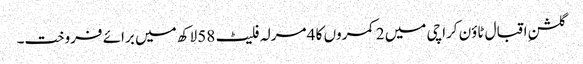
گلشنِ اقبال ٹاؤن کراچی میں 2 کمروں کا 4 مرلہ فلیٹ 58 لاکھ میں برائے فروخت۔